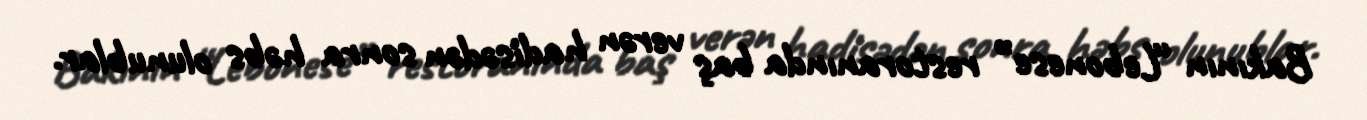
Bakının “Lebonese” restoranında baş verən hadisədən sonra həbs olunublar.